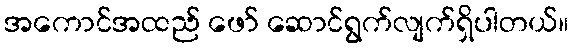
အကောင်အထည် ဖော် ဆောင်ရွက်လျက်ရှိပါတယ်။